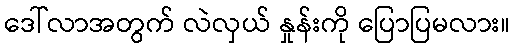
ဒေါ်လာအတွက် လဲလှယ် နှုန်းကို ပြောပြမလား။